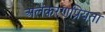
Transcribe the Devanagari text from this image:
अलंकरणप्रियता